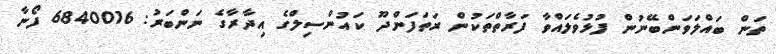
ތަން ބައްލަވަންބޭނުން ފުޅުވެލައްވާ ފަރާތްތަކުން ރަތަފަންދޫ ކައުންސިލްގެ އިދާރާގެ ނަންބަރު: 6840016 ފޯނާ